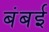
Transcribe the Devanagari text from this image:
बंबर्इ